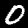
Digit: 0